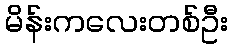
မိန်းကလေးတစ်ဦး